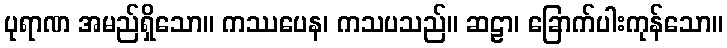
ပုရာဏ အမည်ရှိသော။ ကဿပေန၊ ကသပသည်။ ဆဠာ၊ ခြောက်ပါးကုန်သော။